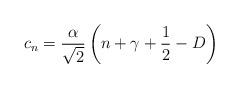
LaTeX: \begin{align*}c_{n}=\frac{\alpha }{\sqrt{2}}\left( n+\gamma +\frac{1}{2}-D\right)\end{align*}